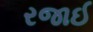
રજાઈ